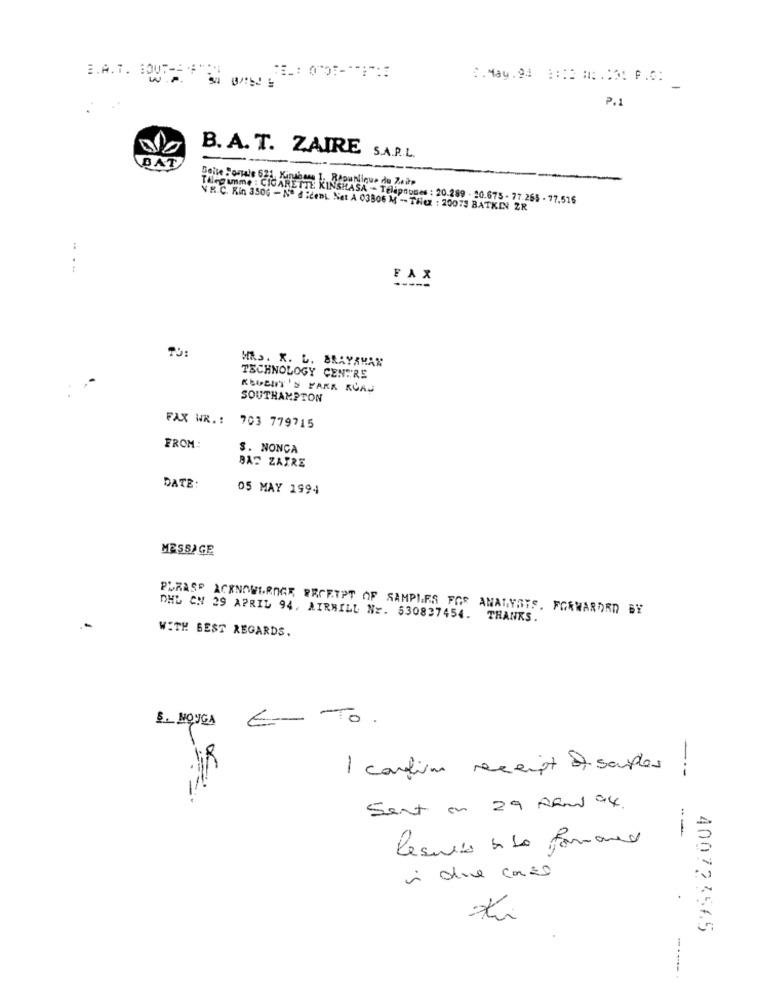
E.A. T. GOUT -= +"
C . May .94 :::: ::::: F.O:
-
P.1
B. A. T. ZAIRE
S.A.P.L.
BAT
KINSHASA - TElipnunes : 20.289 - 20.675 - 77.265 - 77.515
V R.C. Rin 350G - Nº dient Nat A 03806 M - Tex : 20075 BATKIN ZR
:
FAX
TO:
WAS. X. C. BRAYAMAN
TECHNOLOGY CENTRE
REGENT'S PARK ROAD
SOUTHAMPTON
FAX WR. :
703 779715
FROM:
$. NONÇA
BAT ZAIRE
DATE:
05 MAY 1994
MESSIGE
PLRASP ACKNOWLEDGE PROETPT OF SAMPLES FOR ANALYSTS. FORWARDRD BY
DHL CN 29 APRIL 94, AIRMILL NY. 530837454. THANKS.
WITH BEST REGARDS.
5. MONGA E- TO.
I confirm receipt of souples ,
-.-
Sent an 29 ARM 94.
- -
Results à la formand
400723565